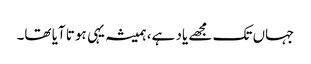
جہاں تک مجھے یاد ہے، ہمیشہ یہی ہوتا آیا تھا۔